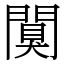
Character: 闃